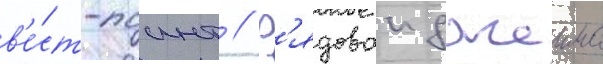
в'е́ст-поинт // Р'ядовои джеимс